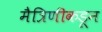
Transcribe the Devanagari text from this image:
मैत्रिणीकडून